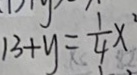
1 3 + y = \frac { 1 } { 4 } x ^ { 2 }